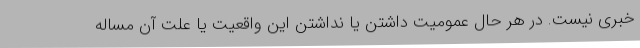
خبری نیست. در هر حال عمومیت داشتن یا نداشتن این واقعیت یا علت آن مساله